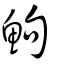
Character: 鮈